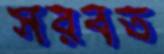
সরবত